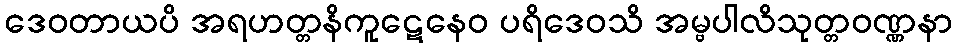
ဒေဝတာယပိ အရဟတ္တနိကူဋေနေဝ ပရိဒေဝသိ အမ္ဗပါလိသုတ္တဝဏ္ဏနာ